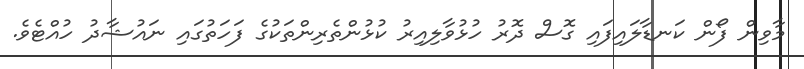
މާވިން ފޯން ކަނޑާލައިފައި ގޮސް ދޮރު ހުޅުވާލިއިރު ކުޅުންތެރިންތަކުގެ ފަހަތުގައި ނައުޝާދު ހުއްޓެވެ.